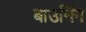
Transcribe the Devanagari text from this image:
बाउनिंग